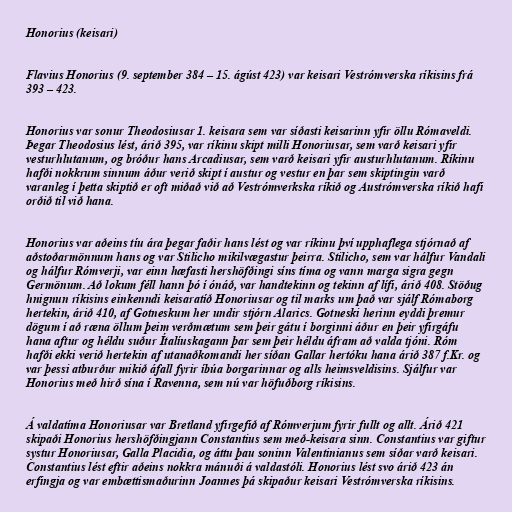
Honorius (keisari)

Flavius Honorius (9. september 384 – 15. ágúst 423) var keisari Vestrómverska ríkisins frá
393 – 423.

Honorius var sonur Theodosiusar 1. keisara sem var síðasti keisarinn yfir öllu Rómaveldi.
Þegar Theodosius lést, árið 395, var ríkinu skipt milli Honoriusar, sem varð keisari yfir
vesturhlutanum, og bróður hans Arcadiusar, sem varð keisari yfir austurhlutanum. Ríkinu
hafði nokkrum sinnum áður verið skipt í austur og vestur en þar sem skiptingin varð
varanleg í þetta skiptið er oft miðað við að Vestrómverkska ríkið og Austrómverska ríkið hafi
orðið til við hana.

Honorius var aðeins tíu ára þegar faðir hans lést og var ríkinu því upphaflega stjórnað af
aðstoðarmönnum hans og var Stilicho mikilvægastur þeirra. Stilicho, sem var hálfur Vandali
og hálfur Rómverji, var einn hæfasti hershöfðingi síns tíma og vann marga sigra gegn
Germönum. Að lokum féll hann þó í ónáð, var handtekinn og tekinn af lífi, árið 408. Stöðug
hnignun ríkisins einkenndi keisaratíð Honoriusar og til marks um það var sjálf Rómaborg
hertekin, árið 410, af Gotneskum her undir stjórn Alarics. Gotneski herinn eyddi þremur
dögum í að ræna öllum þeim verðmætum sem þeir gátu í borginni áður en þeir yfirgáfu
hana aftur og héldu suður Ítalíuskagann þar sem þeir héldu áfram að valda tjóni. Róm
hafði ekki verið hertekin af utanaðkomandi her síðan Gallar hertóku hana árið 387 f.Kr. og
var þessi atburður mikið áfall fyrir íbúa borgarinnar og alls heimsveldisins. Sjálfur var
Honorius með hirð sína í Ravenna, sem nú var höfuðborg ríkisins.

Á valdatíma Honoriusar var Bretland yfirgefið af Rómverjum fyrir fullt og allt. Árið 421
skipaði Honorius hershöfðingjann Constantius sem með-keisara sinn. Constantius var giftur
systur Honoriusar, Galla Placidia, og áttu þau soninn Valentinianus sem síðar varð keisari.
Constantius lést eftir aðeins nokkra mánuði á valdastóli. Honorius lést svo árið 423 án
erfingja og var embættismaðurinn Joannes þá skipaður keisari Vestrómverska ríkisins.